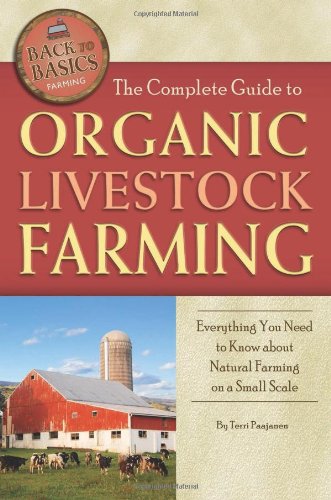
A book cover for The Complete Guide to Organic Livestock Farming: Everything You Need to Know about Natural Farming on a Small Scale (Back-To-Basics Farming); Terri Paajanen; Science & Math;